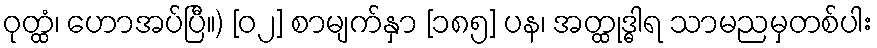
ဝုတ္ထံ၊ ဟောအပ်ပြီ။) [၀၂] စာမျက်နှာ [၁၈၅] ပန၊ အတ္ထုဒ္ဓါရ သာမညမှတစ်ပါး